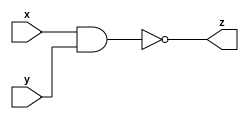

//Model to Nand Gate

module nandgate(x,y,z);

input x,y;
output z;

assign z=~(x&y);

endmodule